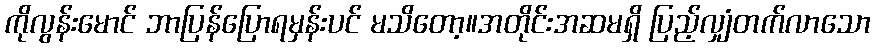
ကိုလွန်းမောင် ဘာပြန်ပြောရမှန်းပင် မသိတော့။အတိုင်းအဆမရှိ ပြည့်လျှံတက်လာသော